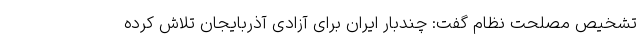
تشخیص مصلحت نظام گفت: چندبار ایران برای آزادی آذربایجان تلاش کرده